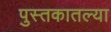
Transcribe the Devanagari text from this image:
पुस्‍तकातल्या